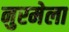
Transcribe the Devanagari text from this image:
नुरमेला